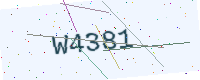
Text: W4381